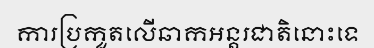
ការប្រកួតលើឆាកអន្តរជាតិនោះទេ